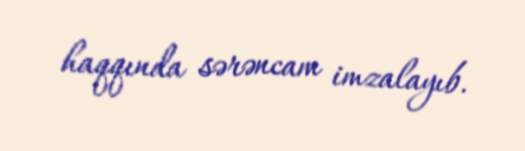
haqqında sərəncam imzalayıb.